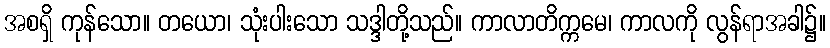
အစရှိ ကုန်သော။ တယော၊ သုံးပါးသော သဒ္ဒါတို့သည်။ ကာလာတိက္ကမေ၊ ကာလကို လွန်ရာအခါ၌။